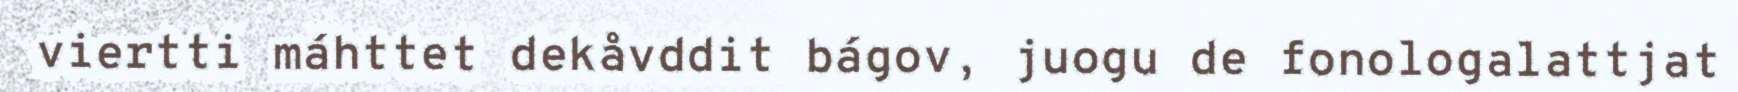
viertti máhttet dekåvddit bágov, juogu de fonologalattjat